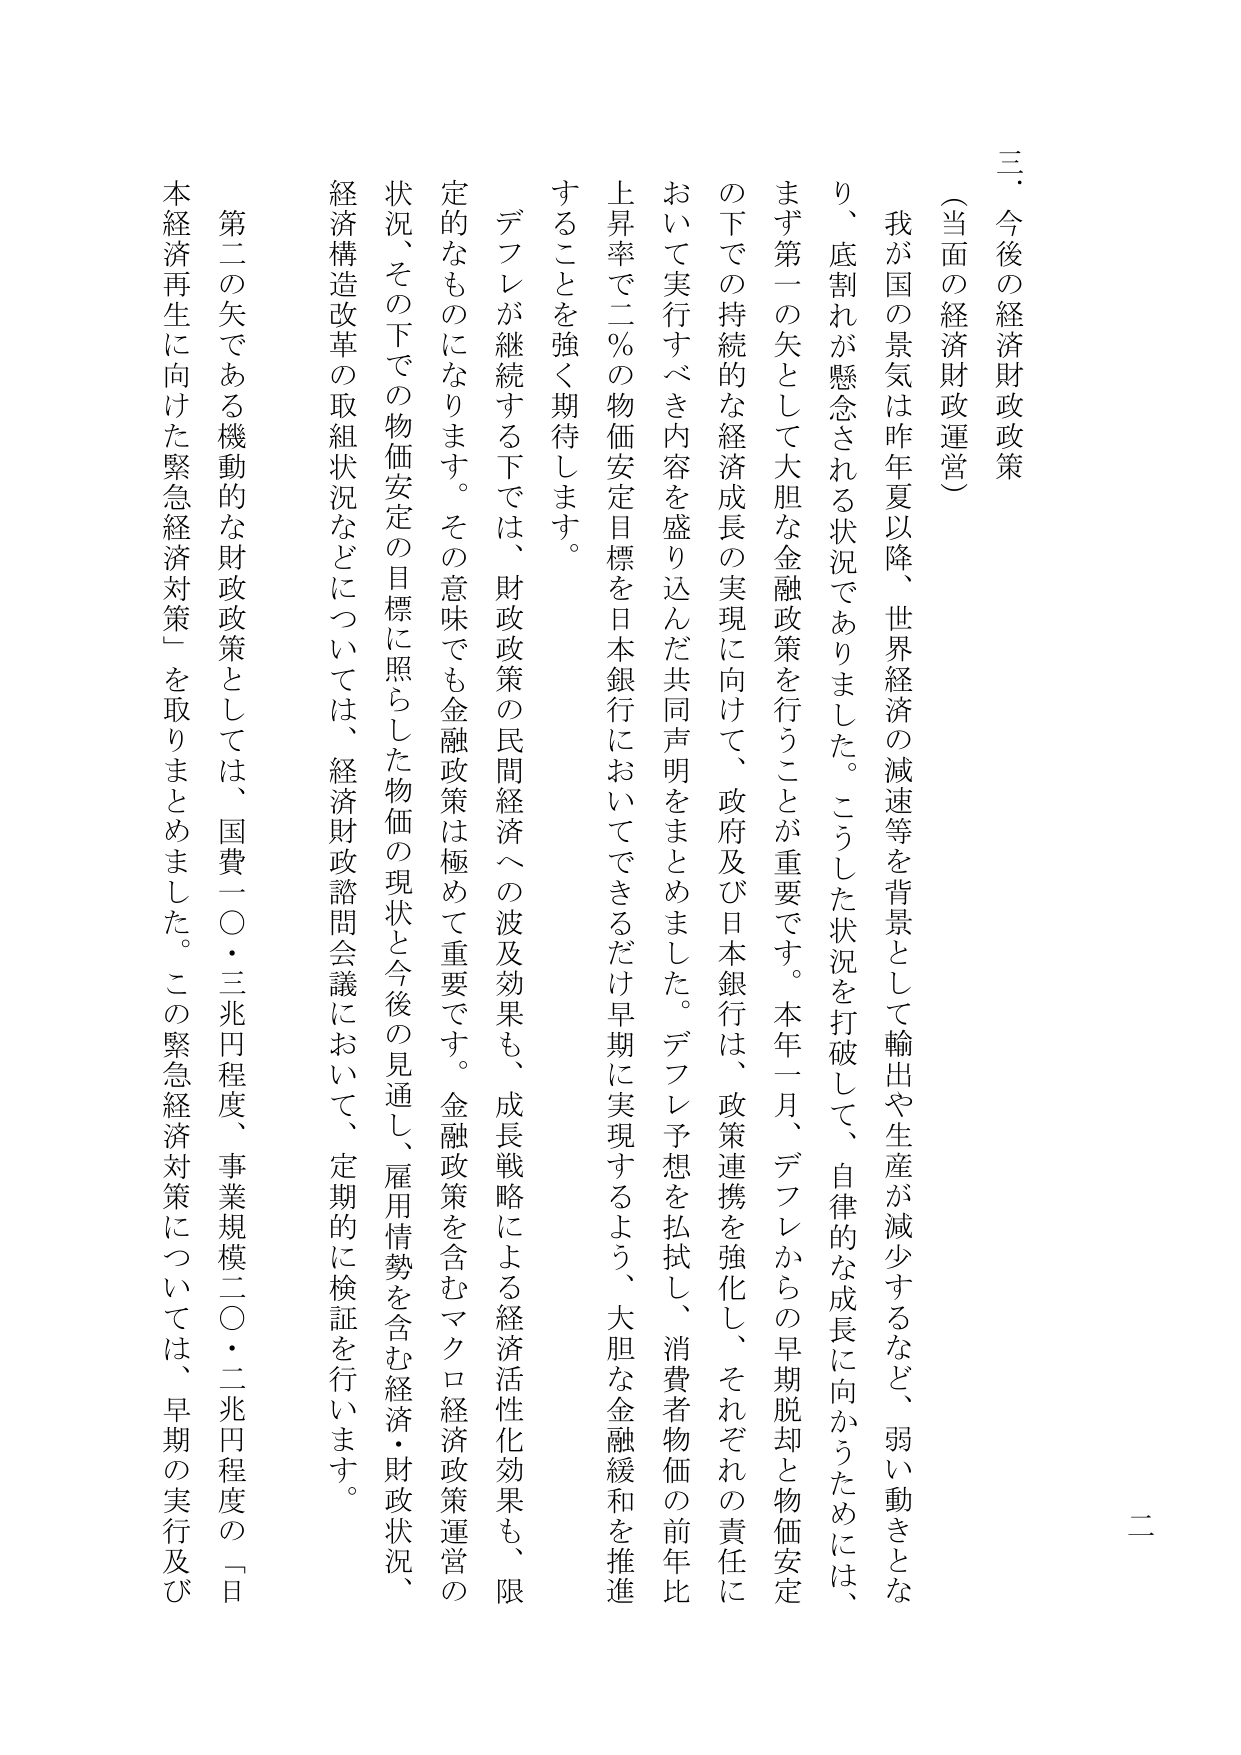
三．今後の経済財政政策
（当面の経済財政運営）

我が国の景気は昨年夏以降、世界経済の減速等を背景として輸出や生産が減少するなど、弱い動きとなり、底割れが懸念される状況でありました。こうした状況を打破して、自律的な成長に向かうためには、
まず第一の矢として大胆な金融政策を行うことが重要です。本年一月、デフレからの早期脱却と物価安定の下での持続的な経済成長の実現に向けて、政府及び日本銀行は、政策連携を強化し、それぞれの責任において実行すべき内容を盛り込んだ共同声明をまとめました。デフレ予想を払拭し、消費者物価の前年比上昇率で二％の物価安定目標を日本銀行においてできるだけ早期に実現するよう、大胆な金融緩和を推進することを強く期待します。

デフレが継続する下では、財政政策の民間経済への波及効果も、成長戦略による経済活性化効果も、限定的なものになります。その意味でも金融政策は極めて重要です。金融政策を含むマクロ経済政策運営の状況、その下での物価安定の目標に照らした物価の現状と今後の見通し、雇用情勢を含む経済・財政状況、経済構造改革の取組状況などについては、経済財政諮問会議において、定期的に検証を行います。

第二の矢である機動的な財政政策としては、国費二〇・三兆円程度、事業規模二〇・二兆円程度の「日本経済再生に向けた緊急経済対策」を取りまとめました。この緊急経済対策については、早期の実行及び

二